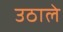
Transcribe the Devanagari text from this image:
उठाले